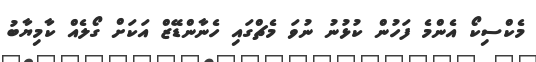
މެކްސިކޯ އެންމެ ފަހުން ކުޅުނު ނުވަ މެޗްގައި ހެނާންޑޭޒް އަކަށް ގޯލެއް ކާމިޔާބު